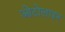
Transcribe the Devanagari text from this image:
ओटोलाइन